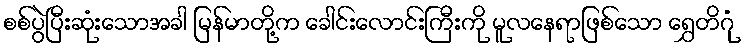
စစ်ပွဲပြီးဆုံးသောအခါ မြန်မာတို့က ခေါင်းလောင်းကြီးကို မူလနေရာဖြစ်သော ရွှေတိဂုံ